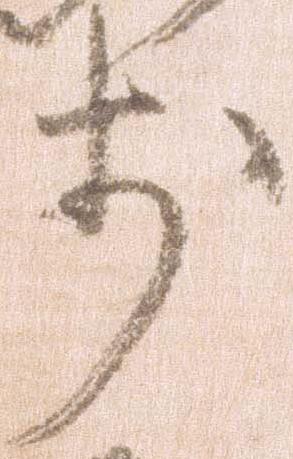
前